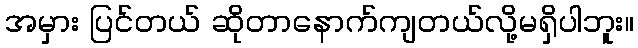
အမှား ပြင်တယ် ဆိုတာနောက်ကျတယ်လို့မရှိပါဘူး။